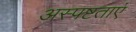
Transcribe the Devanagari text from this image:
अस्पष्टताएं